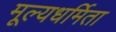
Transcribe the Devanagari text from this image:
मूल्यधर्मिता